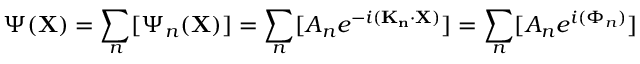
\Psi ( \mathbf { X } ) = \sum _ { n } [ \Psi _ { n } ( \mathbf { X } ) ] = \sum _ { n } [ A _ { n } e ^ { - i ( \mathbf { K _ { n } } \cdot \mathbf { X } ) } ] = \sum _ { n } [ A _ { n } e ^ { i ( \Phi _ { n } ) } ]